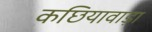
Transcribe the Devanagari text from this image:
कछियावाड़ा